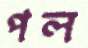
পল